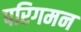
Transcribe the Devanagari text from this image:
परिगमन